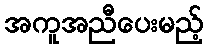
အကူအညီပေးမည့်